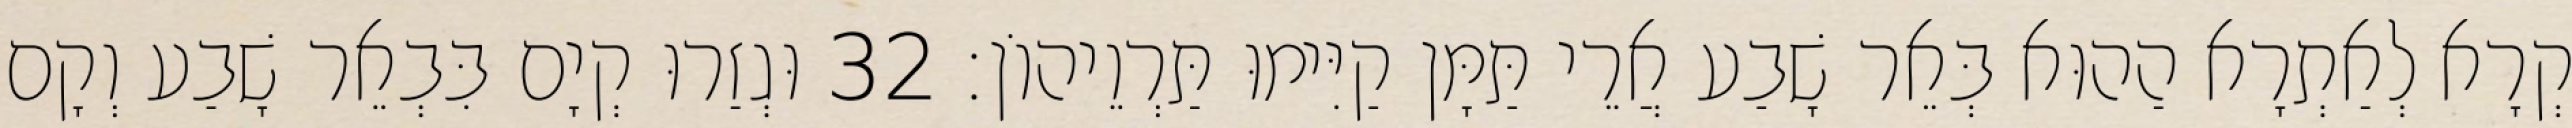
קְרָא לְאַתְרָא הַהוּא בְּאֵר שָׁבַע אֲרֵי תַּמָּן קַיִּימוּ תַּרְוֵיהוֹן׃ 32 וּגְזַרוּ קְיָם בִּבְאֵר שָׁבַע וְקָם